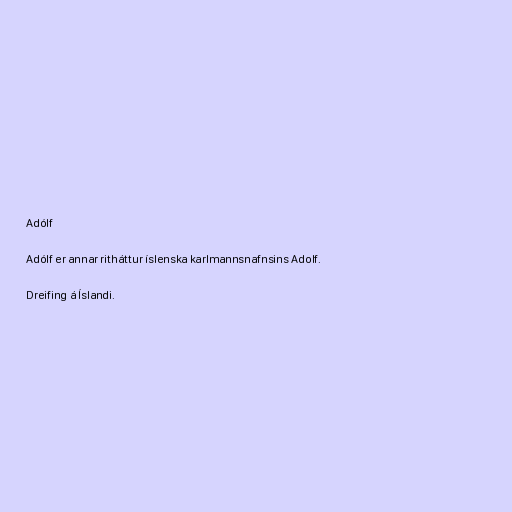
Adólf

Adólf er annar ritháttur íslenska karlmannsnafnsins Adolf.

Dreifing á Íslandi.